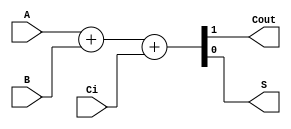
module sum1bcc (A, B, Ci,Cout,S);

    input  A;
    input  B;
    input  Ci;
    output Cout;
    output S;
  
    reg [1:0] st;
  
    assign S = st[0];
    assign Cout = st[1];
  
    always @ ( * ) begin
      st  =   A+B+Ci;
    end
    
  endmodule